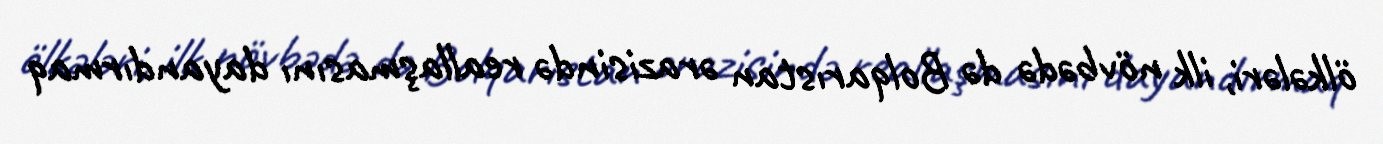
ölkələri, ilk növbədə də Bolqarıstan ərazisində reallaşmasını dayandırmaq